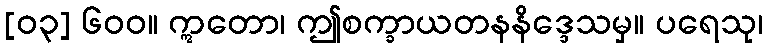
[၀၃] ၆၀၀။ ဣတော၊ ဤစက္ခာယတနနိဒ္ဒေသမှ။ ပရေသု၊